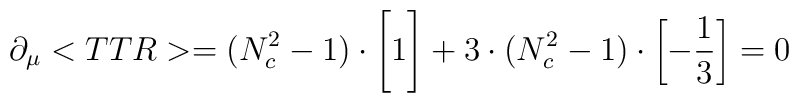
\partial_\mu <TTR>=  (N_c^2-1)\cdot                       \left[\vbox{\vspace{2ex}\hbox{1}\vspace{0ex}}\right]                       +3\cdot (N_c^2-1) \cdot                        \left[-\frac{1}{3}\right]  = 0